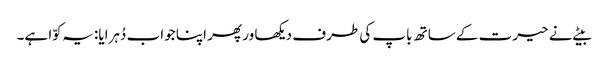
بیٹے نے حیرت کے ساتھ باپ کی طرف دیکھا ور پھر اپنا جواب دُہرایا: یہ کوّا ہے۔